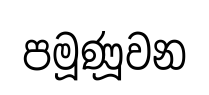
පමූණූවන